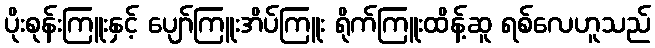
ပိုးစုန်းကြူးနှင့် ပျော်ကြူးအိပ်ကြူး ရိုက်ကြူးထိန့်ဆူ ရစ်လေဟူသည်